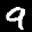
Label: 9